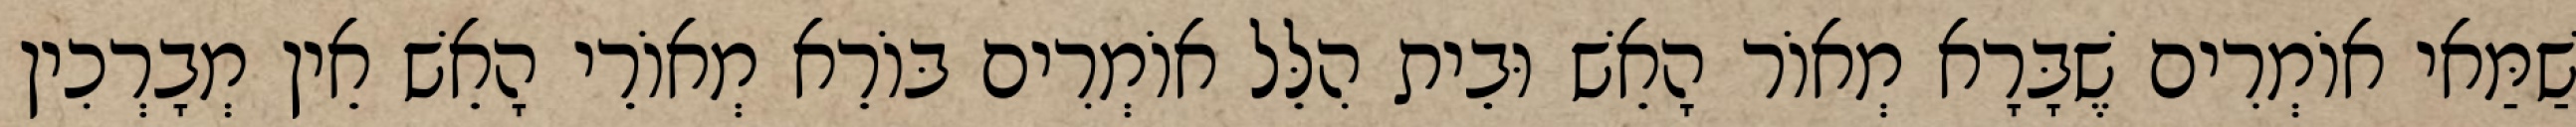
שַׁמַּאי אוֹמְרִים שֶׁבָּרָא מְאוֹר הָאֵשׁ וּבֵית הִלֵּל אוֹמְרִים בּוֹרֵא מְאוֹרֵי הָאֵשׁ אֵין מְבָרְכִין